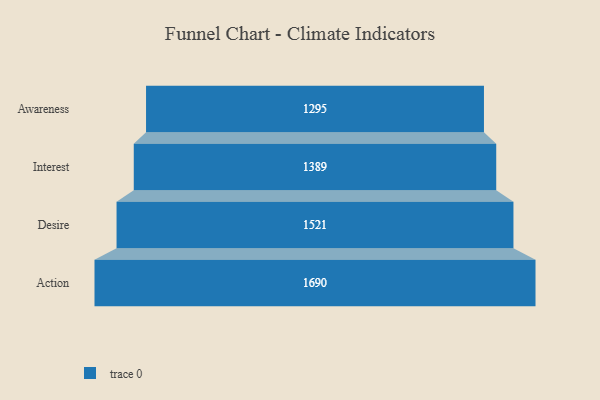
{"axis": {"x": "Stage", "y": "Value"}, "legend": [""], "data": [{"x": "Awareness", "y": 1295.0, "type": ""}, {"x": "Interest", "y": 1389.0, "type": ""}, {"x": "Desire", "y": 1521.0, "type": ""}, {"x": "Action", "y": 1690.0, "type": ""}]}